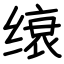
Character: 缞